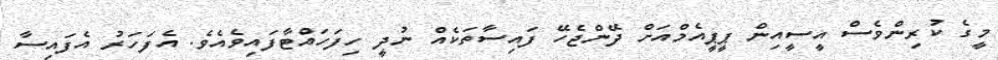
މީގެ ކުރިންވެސް އީސީއިން ޕީޕީއެމްއަށް ދޭންޖެހޭ ފައިސާތަކެއް ނުދީ ހިފަހައްޓާފައިވެއެވެ. އެފަހަރު އެފައިސާ